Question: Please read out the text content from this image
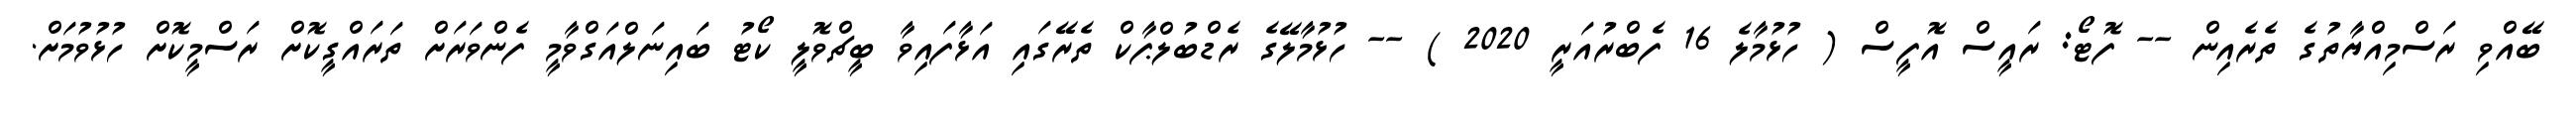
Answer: ބޭއްވި ރަސްމިއްޔާތުގެ ތެރެއިން -- ފޮޓޯ: ރައީސް އޮފީސް ( ހުޅުމާލެ 16 ފެބްރުއަރީ 2020 ) -- ހުޅުމާލޭގެ ރެޑްބުލްޕާކް ތެރޭގައި އަޅާފައިވާ ބީޗްވޮލީ ކޯޓު ބައިނަލްއަގްވާމީ ފެންވަރަށް ތަރައްގީކޮށް ރަސްމީކޮށް ހުޅުވުމަށް.